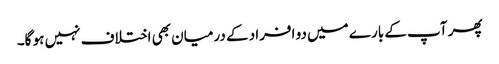
پھر آپ کے بارے میں دو افراد کے درمیان بھی اختلاف نہیں ہو گا۔